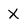
Character: X